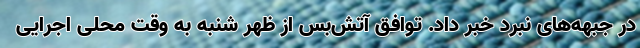
در جبهه‌های نبرد خبر داد. توافق آتش‌بس از ظهر شنبه به وقت محلی اجرایی